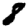
Digit: 8